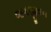
જગજીવન